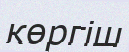
көргіш